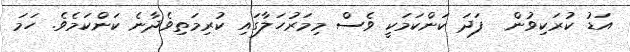
އަޑު ކުރަކިވުން  ފަދަ ކަންކަމަކީ ވެސް މިމަރުހަލާގައި ކުރިމަތިވެދާނެ ކަންކަމެވެ. ހަމަ